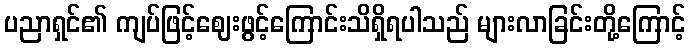
ပညာရှင်၏ ကျပ်ဖြင့်ဈေးဖွင့်ကြောင်းသိရှိရပါသည် များလာခြင်းတို့ကြောင့်